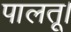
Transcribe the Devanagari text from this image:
पालतू।